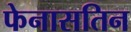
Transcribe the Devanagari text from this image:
फेनासतिन